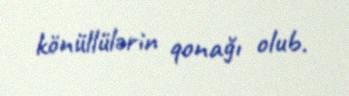
könüllülərin qonağı olub.